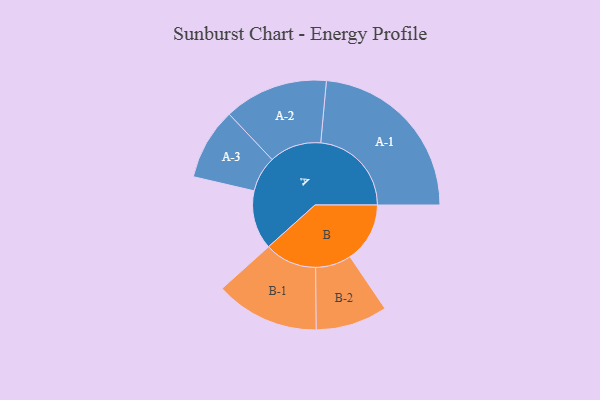
{"axis": {"x": "Segment", "y": "Value"}, "legend": ["", "A", "B"], "data": [{"x": "A", "y": 189, "type": ""}, {"x": "B", "y": 192, "type": ""}, {"x": "A-1", "y": 291, "type": "A"}, {"x": "A-2", "y": 167, "type": "A"}, {"x": "A-3", "y": 115, "type": "A"}, {"x": "B-1", "y": 167, "type": "B"}, {"x": "B-2", "y": 115, "type": "B"}]}